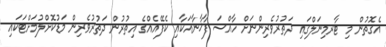
އެގޮތުން މި ޓާރމިނަލްގައި ދަތުރުވެރިންނަށް ހާއްސަ ފާޚާނާއަކާއި ކެފޭއެއްގެ އިތުރުން ދަތުރުވެރިން މަޑުކޮށްލުމަށްޓަކައި